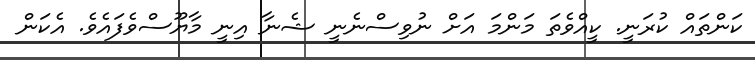
ކަންތައް ކުރަނީ. ކީއްވެތަ މަންމަ އަށް ނުވިސްނެނީ ޝެނާ އިނީ މާޔޫސްވެފައެވެ. އެކަން